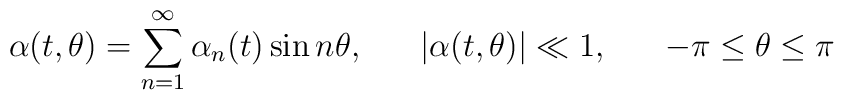
\alpha(t,\theta)=\sum_{n=1}^\infty \alpha_n(t) \sin n\theta,\hspace{0.7cm}|\alpha(t,\theta)| \ll 1, \hspace{0.7cm}-\pi \leq \theta \leq \pi